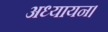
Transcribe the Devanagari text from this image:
अध्यायन।